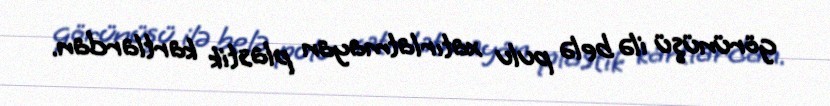
görünüşü ilə belə pulu xatırlatmayan plastik kartlardan.